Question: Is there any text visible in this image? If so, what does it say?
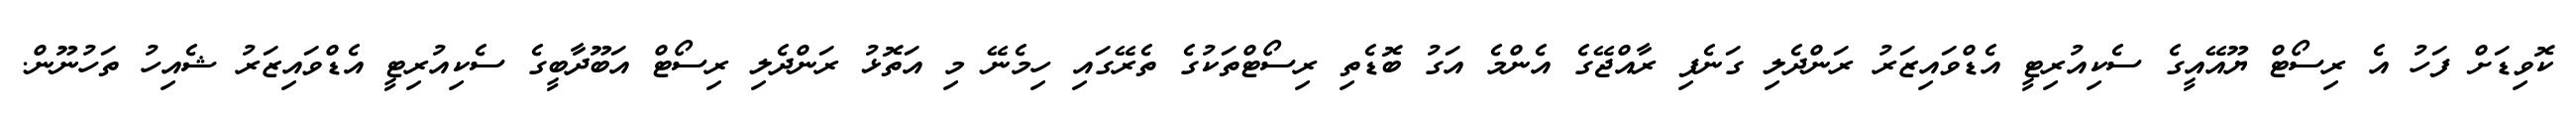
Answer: ކޮވިޑަށް ފަހު އެ ރިސޯޓް ޔޫއޭއީގެ ސެކިއުރިޓީ އެޑްވައިޒަރު ރަންދެލި ގަނެފި ރާއްޖޭގެ އެންމެ އަގު ބޮޑެތި ރިސޯޓްތަކުގެ ތެރޭގައި ހިމެނޭ މި އަތޮޅު ރަންދެލި ރިސޯޓް އަބޫދާބީގެ ސެކިއުރިޓީ އެޑްވައިޒަރު ޝެއިހު ތަހުނޫން.